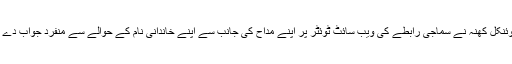
بالی ووڈ اداکارہ ٹوئنکل کھنہ نے سماجی رابطے کی ویب سائٹ ٹوئٹر پر اپنے مداح کی جانب سے اپنے خاندانی نام کے حوالے سے منفرد جواب دے کر حیران کردیا ۔